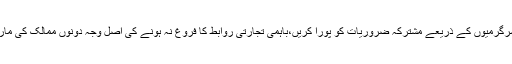
انہوں نے کہا کہ ایران اور پاکستان تجارت اور معاشی سرگرمیوں کے ذریعے مشترکہ ضروریات کو پورا کریں،باہمی تجارتی روابط کا فروغ نہ ہونے کی اصل وجہ دونوں ممالک کی مارکیٹوں کو ایک دوسرے کی معلومات پر عدم رسائی ہے۔